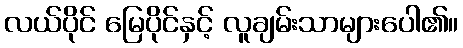
လယ်ပိုင် မြေပိုင်နှင့် လူချမ်းသာများပေါ၏။